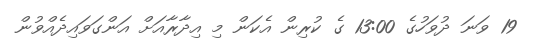
19 ވަނަ ދުވަހުގެ 13:00 ގެ ކުރިން އެކަން މި އިދާރާއަށް އަންގަވައިދެއްވުން